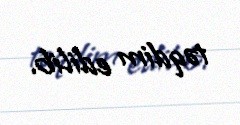
təqdim edilib.